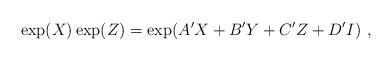
LaTeX: \begin{align*}\exp(X)\exp(Z)=\exp({A'X+B'Y+C'Z+D'I}) \ ,\end{align*}